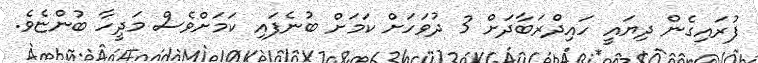
ފުރައިގެން ދިޔައީ ހައިދްރަބާދަށް 3 ދުވަހަށް ކަމަށް ބުނެފައި ކަމަށްވެސް މަދީހާ ބުންޏެވެ.